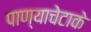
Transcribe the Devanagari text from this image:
पाण्याचेटाके